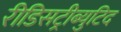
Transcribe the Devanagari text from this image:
रीडिसट्रीब्युटिद